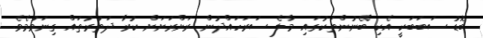
ބޮޑު ސަބަބަކީ އެކި ބޭނުންތަކުގައި މާލެ ސަރަހައްދުން ރަށްރަށަށް ކުރާ ދަތުރުތައް ގިނަވުމެވެ.